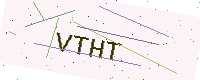
Text: VTHT